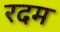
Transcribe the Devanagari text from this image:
रदम